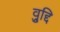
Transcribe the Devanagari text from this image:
व्रुद्दि